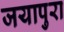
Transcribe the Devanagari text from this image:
जयापुरा